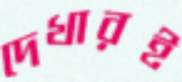
দেখারই